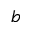
^ b